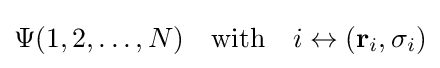
\Psi (1,2,\ldots ,N)\quad {\text{with}}\quad i\leftrightarrow (\mathbf {r} _{i},\sigma _{i})